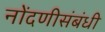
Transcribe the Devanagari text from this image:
नोंदणीसंबंधी